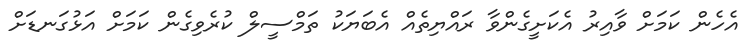
އެހެން ކަމަށް ވާއިރު އެކަށީގެންވާ ރައްޔިތެއް އެބަޔަކު ތަމްސީލް ކުރެވިގެން ކަމަށް އަޅުގަނޑަށް